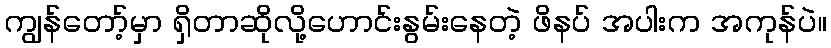
ကျွန်တော့်မှာ ရှိတာဆိုလို့ဟောင်းနွမ်းနေတဲ့ ဖိနပ် အပါးက အကုန်ပဲ။